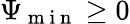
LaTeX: \Psi_{\mathrm{~m~i~n~}}\geq 0